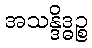
အသန္ဒိဒ္ဓဉ္စ